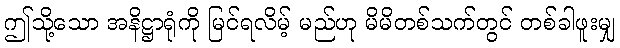
ဤသို့သော အနိဋ္ဌာရုံကို မြင်ရလိမ့် မည်ဟု မိမိတစ်သက်တွင် တစ်ခါဖူးမျှ